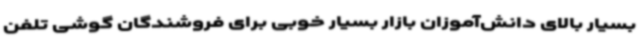
بسیار بالای دانش‌آموزان بازار بسیار خوبی برای فروشندگان گوشی تلفن